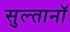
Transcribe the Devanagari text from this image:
सुल्तानॉ